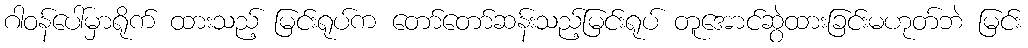
ဂါဝန်ပေါ်မှာရိုက် ထားသည့် မြင်းရုပ်က တော်တော်ဆန်းသည့်မြင်းရုပ် တူအောင်ဆွဲထားခြင်းမဟုတ်ဘဲ မြင်း